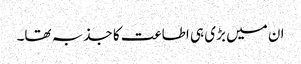
ان میں بڑی ہی اطاعت کا جذبہ تھا۔